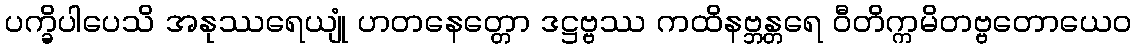
ပက္ခိပါပေသိ အနုဿရေယျုံ ဟတနေတ္တော ဒဋ္ဌဗ္ဗဿ ကထိနဗ္ဘန္တရေ ဝီတိက္ကမိတဗ္ဗတောယေဝ